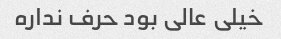
خیلی عالی بود حرف نداره